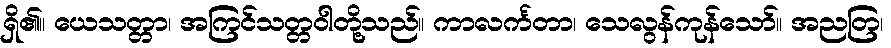
ရှိ၏။ ယေသတ္တာ၊ အကြင်သတ္တဝါတို့သည်။ ကာလင်္ကတာ၊ သေလွန်ကုန်သော်။ အညတြ၊